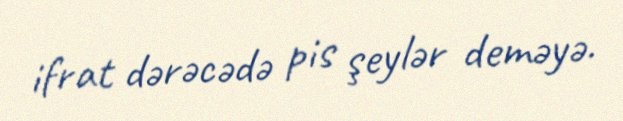
ifrat dərəcədə pis şeylər deməyə.